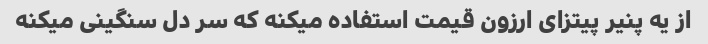
از یه پنیر پیتزای ارزون قیمت استفاده میکنه که سر دل سنگینی میکنه